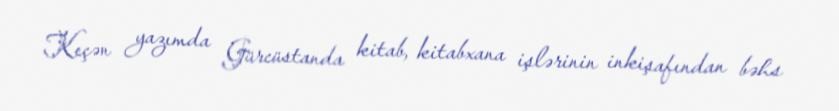
Keçən yazımda Gürcüstanda kitab, kitabxana işlərinin inkişafından bəhs